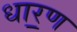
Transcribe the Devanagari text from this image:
धार॒ण